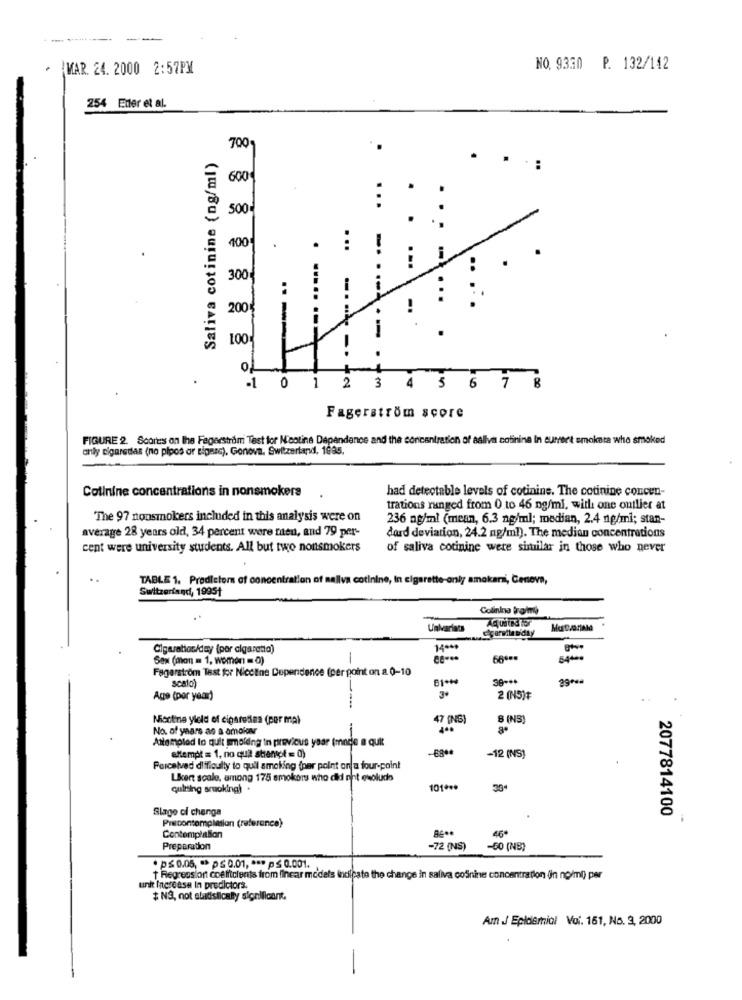
MAR. 24. 2000 2:57PM
NO. 9330 P. 132/142
254 Enter et al.
700g
Saliva cotinine (ng/ml)
. .:
600
500
400
.
...
...
..
300€
i
i
:
2001
!
100
!
.
--
-1
0
1
2 3 4 5 6 7 8
Fagerström score
FIGURE 2. Scores on the Fagerstrom Test for Nicotine Dependence and the concentration of saliva cotinina In eurer't smoketa who smoked
only cigaretas (no pipos or Bigass), Gonova, Switzerland, 1995,
had detectable levels of cotinine. The cotinine concen-
Colinine concentrations in nonsmokers
trations ranged from 0 to 46 ng/ml, with one outlier at
The 97 nonsmokers included in this analysis were on
236 ng/ml (mean, 6.3 ng/ml; median, 2.4 ng/ml; stan-
average 28 years old, 34 percent were men, and 79 per-
dard deviation, 24.2 ng/ml). The median concentrations
cent were university students. All but two nonsmokers
of saliva cotinine were similar in those who never
TABLE 1. Prodieters of concentration of mallva cotinine, In cigarette-only amakari, Ceneva,
Switzerland, 1995+
Colinina frommy
-
Univariate
Cigaratios/day (por cigaretto)
14 ***
Sex (mon = 1, women = 0)
68400
544 **
Fagerström Test for Niccline Dependence (per point on a 0-10
#4.19
scato)
38 -**
Age (per year)
3+
2 (NS)#
Nicotine yield of cigaresas (por mal
47 (NS)
8 (NS)
No. of years as a amokar
400
Attempted to quit smolding in previous year (mnde a quit
attempt = 1, no qua stent = 0)
-12 (NS)
Perceived difficulty to quil smoking (per point on a four-point
Liert scale, among 175 smokers who did niet ewolude
quitting sruoking) .
101 ***
Slage of change
2077814100
Pracontemplation (reference)
46*
Contemplalion
Preparation
-72 (NS)
-50 (NB)
. p≤ 0.05, = > ps 0.01, *** p $ 0.001.
T Regressiont coefficients from linear models indicate the change in saliva cośnine concentration (In no/ml) per
uni Increase In predictors.
$ NO, not statistically significant.
Am J Epidemiol Voi. 161, No. 3, 2000